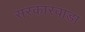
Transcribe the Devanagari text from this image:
सरकारवाडा